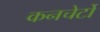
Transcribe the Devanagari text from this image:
कनचेर्टो